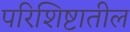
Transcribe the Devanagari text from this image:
परिशिष्टातील